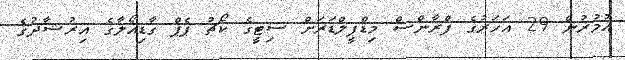
އުމުރުން 29 އަހަރުގެ ފްރާންސް މިޑްފީލްޑަރަށް ސިޓީގެ ކޯޗު ޕެޕް ގާޑިއޯލާގެ އިރުޝާދުގެ